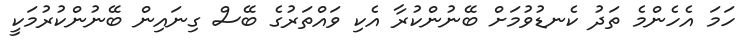
ހަމަ އެހެންމެ ތަދު ކެނޑުވުމަށް ބޭނުންކުރާ އެކި ވައްތަރުގެ ބޭސް ގިނައިން ބޭނުންކުރުމަކީ